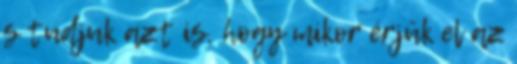
s tudjuk azt is, hogy mikor érjük el az